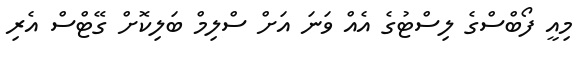
މިއީ ފޯބްސްގެ ލިސްޓުގެ އެއް ވަނަ އަށް ސްލިމް ބަލިކޮށް ގޭޓްސް އެރި